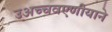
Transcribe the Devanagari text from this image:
उअच्चवएणीयाने